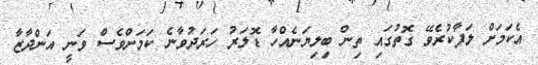
އެކަމަށް ލަފާކުރެވޭ ގޮތުގައި ތިން ބިލިޔަނެއްހާ ޑޮލަރު ހަރަދުވާނެ ކަމަށްވެސް ވަނީ އަންދާޒާ